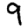
Digit: 9